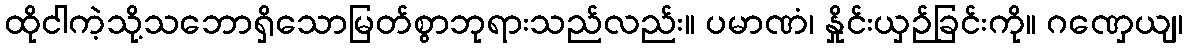
ထိုငါကဲ့သို့သဘောရှိသောမြတ်စွာဘုရားသည်လည်း။ ပမာဏံ၊ နှိုင်းယှဉ်ခြင်းကို။ ဂဏှေယျ၊